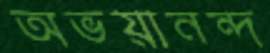
অভয়ানন্দ